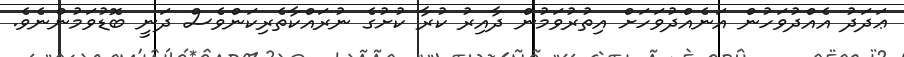
ޢަދަދު އެއްދުވަހުން އަނެއްދުވަހަށް އިތުރުވަމުން ދާއިރު ކުރާ ކުށުގެ ނުރައްކާތެރިކަންވެސް ދަނީ ބޮޑުވަމުންނެވެ.